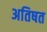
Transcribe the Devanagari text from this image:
अतिषत